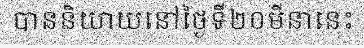
បាននិយាយនៅថ្ងៃទី២០មីនានេះ